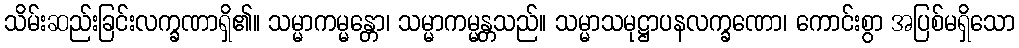
သိမ်းဆည်းခြင်းလက္ခဏာရှိ၏။ သမ္မာကမ္မန္တော၊ သမ္မာကမ္မန္တသည်။ သမ္မာသမုဋ္ဌာပနလက္ခဏော၊ ကောင်းစွာ အပြစ်မရှိသော